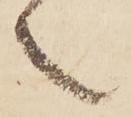
々